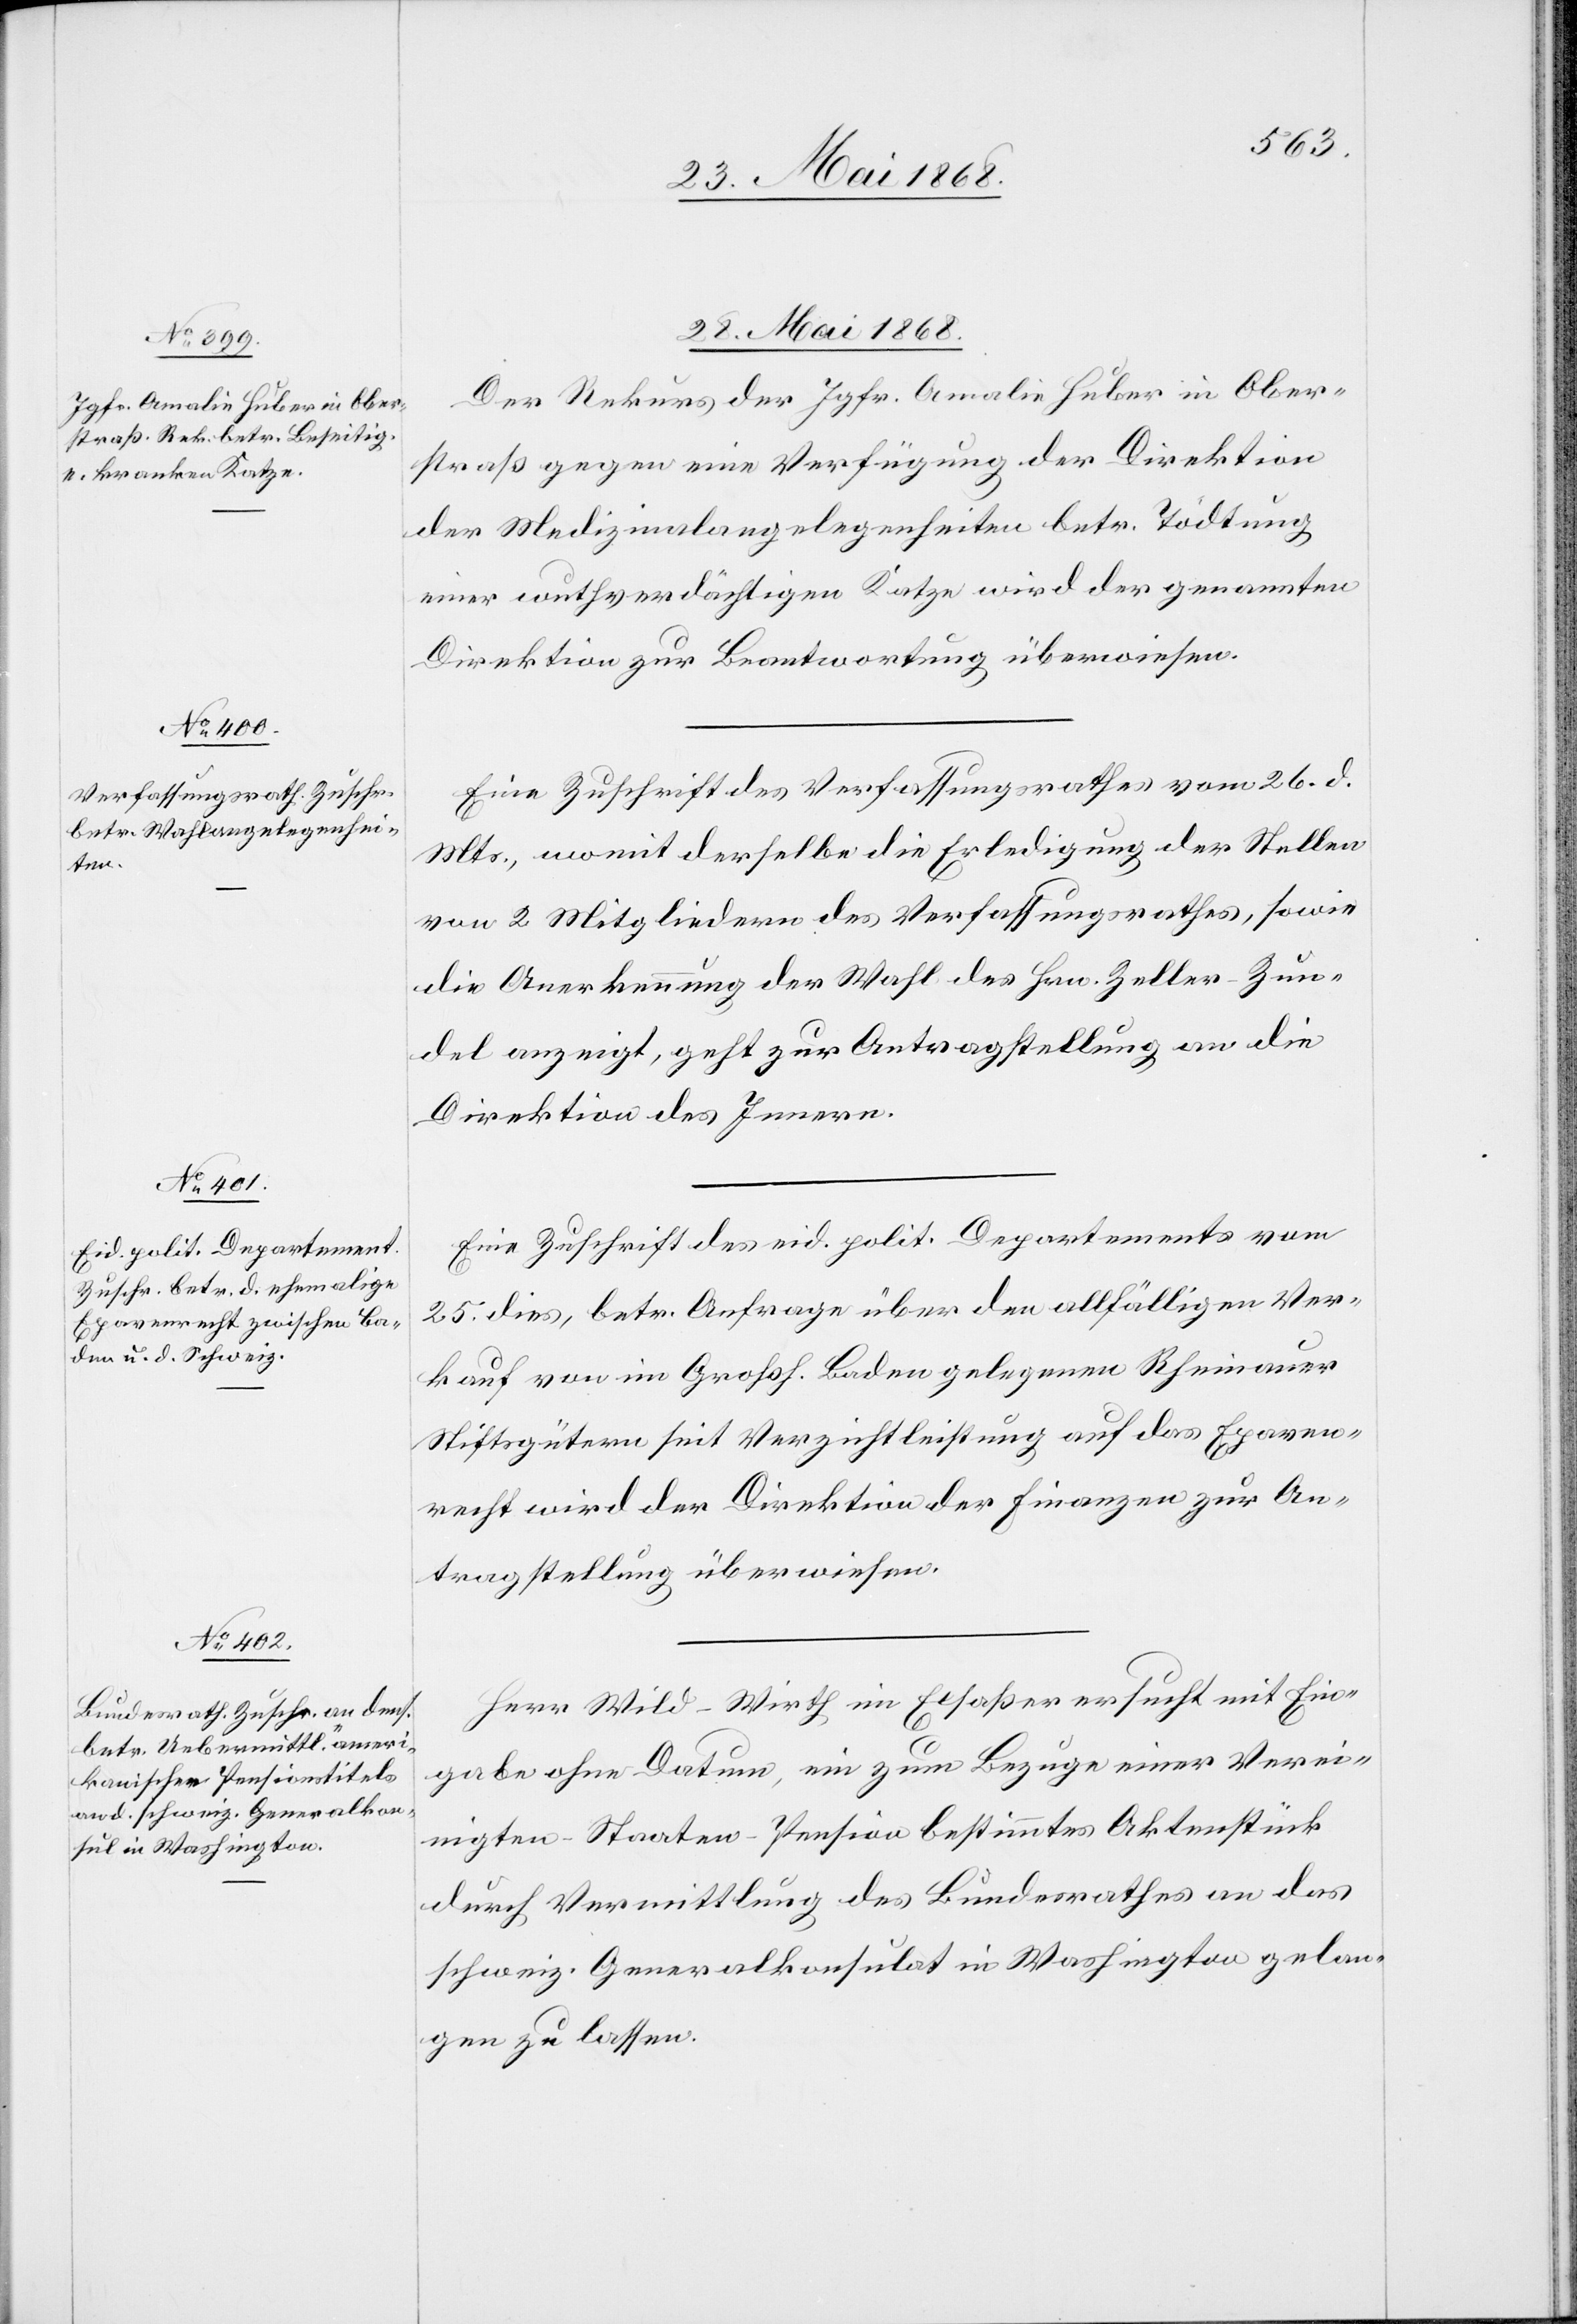
28. Mai 1868.]
Der Rekurs der Jgfr. Amalie Huber in Ober¬
straß gegen eine Verfügung der Direktion
der Medizinalangelegenheiten betr. Tödtung
einer wuthverdächtigen Katze wird der genannten
Direktion zur Beantwortung überwiesen.
Eine Zuschrift des Verfassungsrathes vom 26. d.
Mts., womit derselbe die Erledigung der Stellen
von 2 Mitgliedern des Verfassungsrathes, sowie
die Anerkennung der Wahl des Hrn. Zeller-Zun¬
del anzeigt, geht zur Antragstellung an die
Direktion des Innern.
Eine Zuschrift des eid. polit. Departements vom
25. dies, betr. Anfrage über den allfälligen Ver¬
kauf von im Großh. Baden gelegenen Rheinauer
Stiftsgütern seit Verzichtleistung auf das Epaven¬
recht wird der Direktion der Finanzen zur An¬
tragstellung überwiesen.
Herr Wild-Wirth im Elsaßer ersucht mit Ein¬
gabe ohne Datum, ein zum Bezuge einer Verei¬
nigten-Staaten-Pension bestimmtes Aktenstück
durch Vermittlung des Bundesrathes an das
schweiz. Generalkonsulat in Washington gelan¬
gen zu lassen.